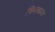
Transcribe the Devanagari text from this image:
विभक्त्यन्त